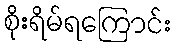
စိုးရိမ်ရကြောင်း